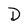
Character: D